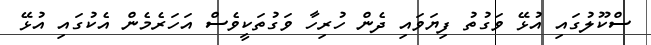
ސްކޫލުގައި އުޅޭ ވަގުތު ފިޔަވައި ދެން ހުރިހާ ވަގުތަކީވެސް އަހަރެމެން އެކުގައި އުޅޭ